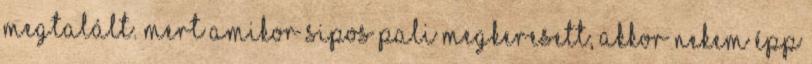
megtalált. Mert amikor Sipos Pali megkeresett, akkor nekem épp